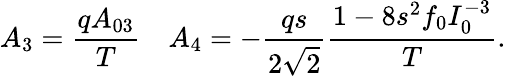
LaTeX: A_{3}={\frac{qA_{03}}{T}}\ \ \ \ A_{4}=-{\frac{qs}{2\sqrt 2}}{\frac{1-8s^{2}f_{0}I_{0}^{-3}}{T}}.